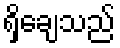
ရှိချေသည်